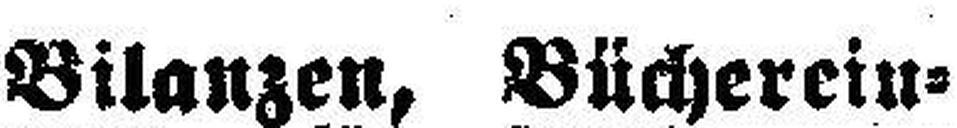
Bilanzen, Bücherein¬